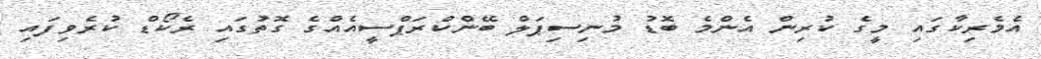
އެމެރިކާގައި މީގެ ކުރިން އެންމެ ބޮޑު މުނިސިޕަލް ބޭންކްރަޕްސީއެއްގެ ގޮތުގައި ރެކޯޑް ކުރެވިފައި